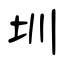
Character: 圳